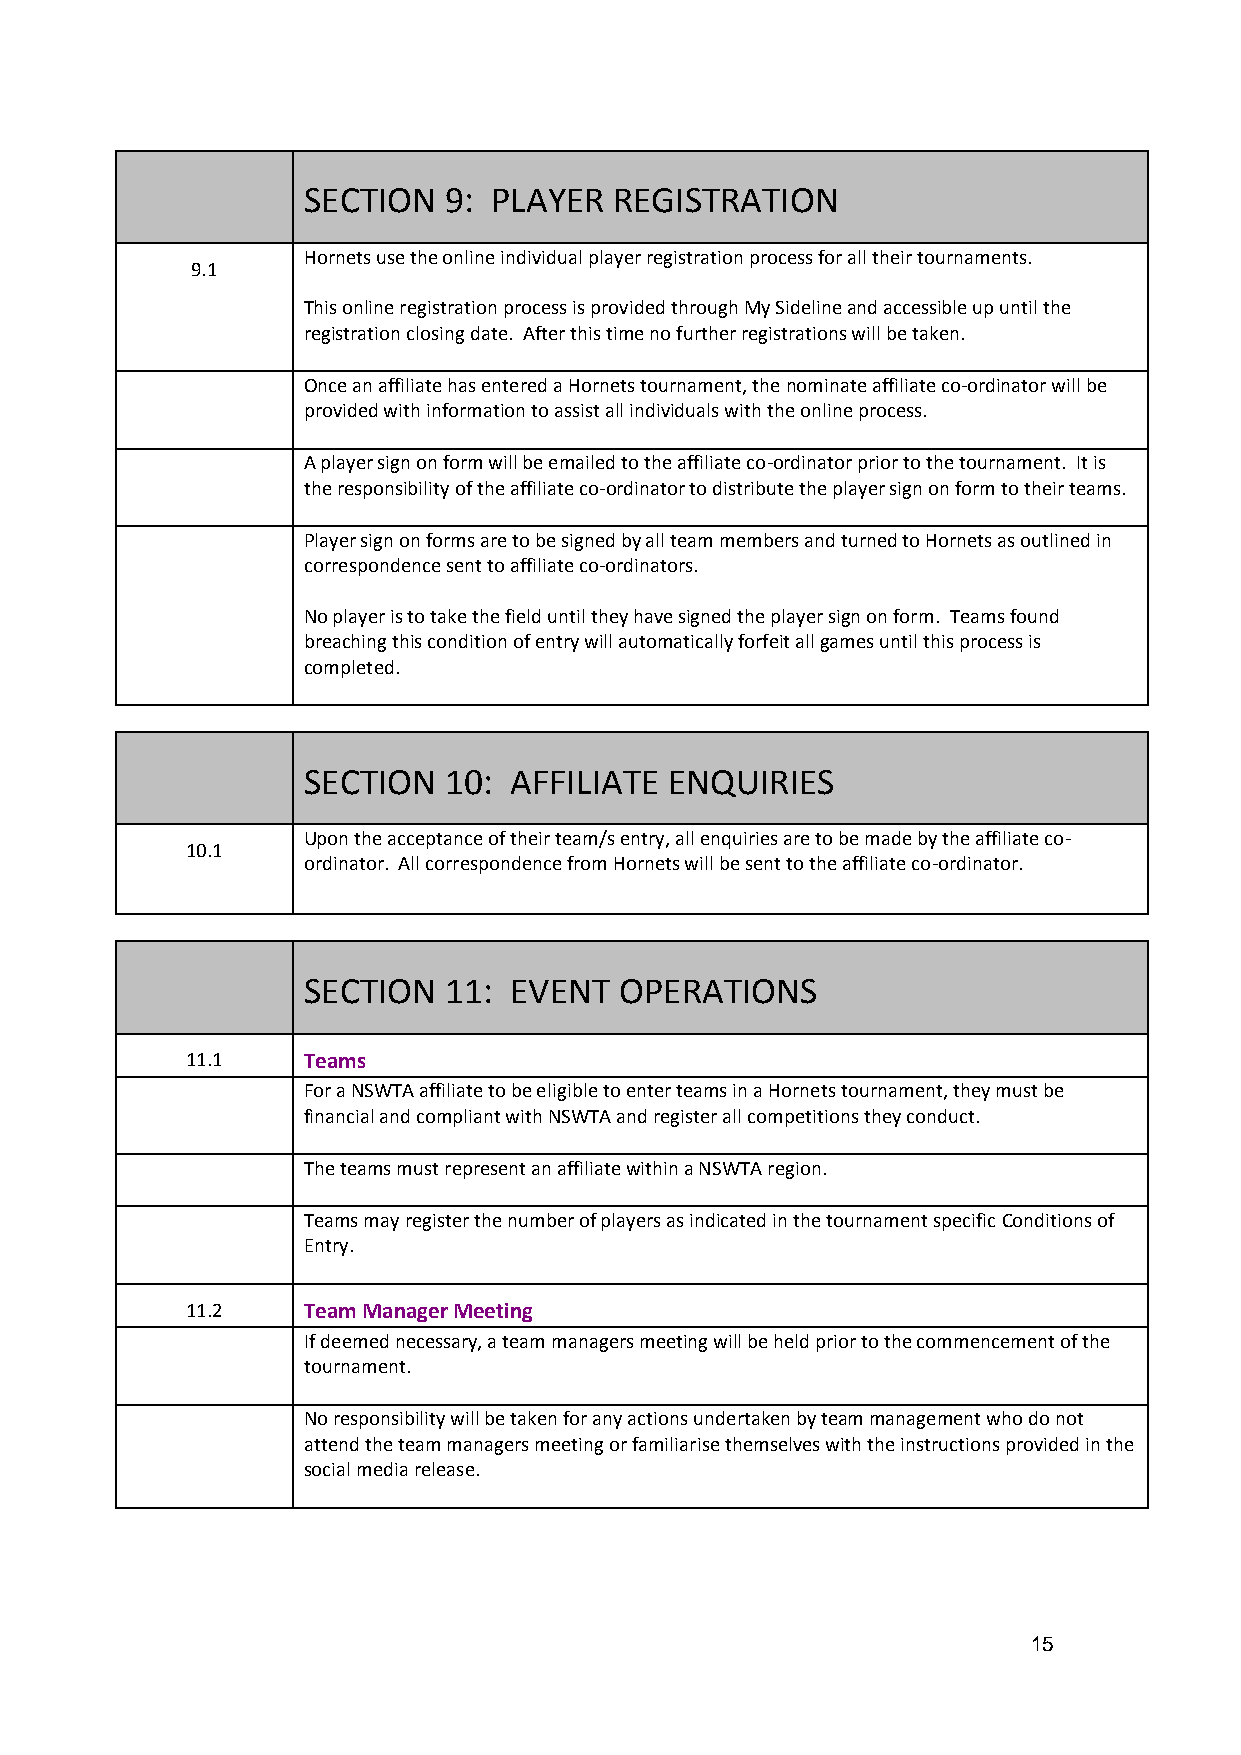
SECTION  9: PLAYER   REGISTRATION
 Hornets use the online individual player registration process for all their tournaments.
 9.1
 This online registration process is provided through My Sideline and accessible up until the
 registration closing date. After this time no further registrations will be taken.
 Once an affiliate has entered a Hornets tournament, the nominate affiliate co-ordinator will be
 provided with information to assist all individuals with the online process.
 A player sign on form will be emailed to the affiliate co-ordinator prior to the tournament. It is
 the responsibility of the affiliate co-ordinator to distribute the player sign on form to their teams.
 Player sign on forms are to be signed by all team members and turned to Hornets as outlined in
 correspondence sent to affiliate co-ordinators.
 No player is to take the field until they have signed the player sign on form. Teams found
 breaching this condition of entry will automatically forfeit all games until this process is
 completed.
 SECTION  10:  AFFILIATE ENQUIRIES
 Upon the acceptance of their team/s entry, all enquiries are to be made by the affiliate co-
 10.1
 ordinator. All correspondence from Hornets will be sent to the affiliate co-ordinator.
 SECTION  11:  EVENT  OPERATIONS
 11.1    Teams
 For a NSWTA affiliate to be eligible to enter teams in a Hornets tournament, they must be
 financial and compliant with NSWTA and register all competitions they conduct.
 The teams must represent an affiliate within a NSWTA region.
 Teams may register the number of players as indicated in the tournament specific Conditions of
 Entry.
 11.2    Team Manager Meeting
 If deemed necessary, a team managers meeting will be held prior to the commencement of the
 tournament.
 No responsibility will be taken for any actions undertaken by team management who do not
 attend the team managers meeting or familiarise themselves with the instructions provided in the
 social media release.
 15